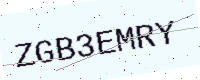
Text: ZGB3EMRY